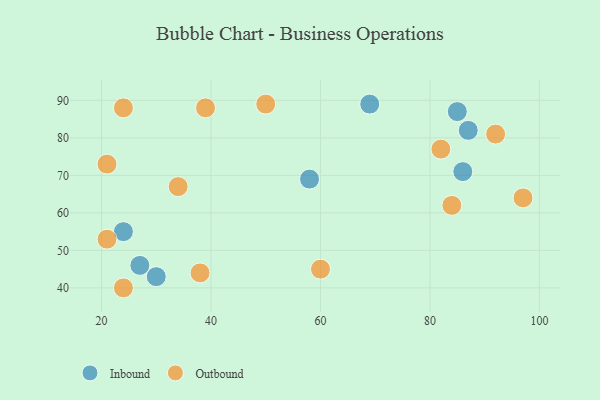
{"axis": {"x": "GDP", "y": "Life Expectancy"}, "legend": ["Inbound", "Outbound"], "data": [{"x": "27", "y": 46, "type": "Inbound"}, {"x": "85", "y": 87, "type": "Inbound"}, {"x": "69", "y": 89, "type": "Inbound"}, {"x": "30", "y": 43, "type": "Inbound"}, {"x": "58", "y": 69, "type": "Inbound"}, {"x": "86", "y": 71, "type": "Inbound"}, {"x": "87", "y": 82, "type": "Inbound"}, {"x": "24", "y": 55, "type": "Inbound"}, {"x": "97", "y": 64, "type": "Outbound"}, {"x": "21", "y": 53, "type": "Outbound"}, {"x": "84", "y": 62, "type": "Outbound"}, {"x": "24", "y": 40, "type": "Outbound"}, {"x": "50", "y": 89, "type": "Outbound"}, {"x": "24", "y": 88, "type": "Outbound"}, {"x": "39", "y": 88, "type": "Outbound"}, {"x": "21", "y": 73, "type": "Outbound"}, {"x": "60", "y": 45, "type": "Outbound"}, {"x": "82", "y": 77, "type": "Outbound"}, {"x": "34", "y": 67, "type": "Outbound"}, {"x": "38", "y": 44, "type": "Outbound"}, {"x": "92", "y": 81, "type": "Outbound"}]}